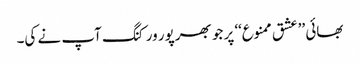
بھائی ’’عشق ممنوع‘‘ پر جو بھرپور ورکنگ آپ نے کی۔